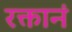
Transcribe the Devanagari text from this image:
रक्तानं